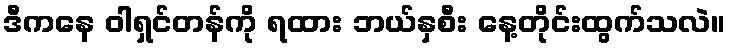
ဒီကနေ ဝါရှင်တန်ကို ရထား ဘယ်နှစီး နေ့တိုင်းထွက်သလဲ။